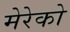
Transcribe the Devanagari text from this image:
मेरेको